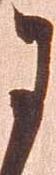
于